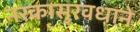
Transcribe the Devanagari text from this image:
नरकासुरवधाने